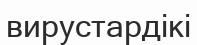
вирустардікі